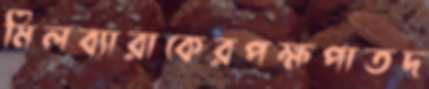
মিলব্যারাকেরপক্ষপাতদ